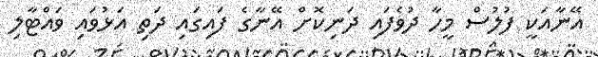
އޭނާއަކީ ފުލުސް މީހާ ދުވެފައި ދަނިކޮށް އޭނާގެ ފައިގައި ދަތި އަޅުވައި ވައްޓާލި